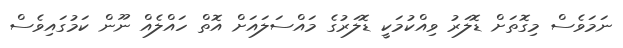
ނަމަވެސް މިގޮތަށް ޑޮލަރު ވިއްކުމަކީ ޑޮލަރުގެ މައްސަލައަށް އޮތް ހައްލެއް ނޫން ކަމުގައިވެސް